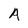
Character: A